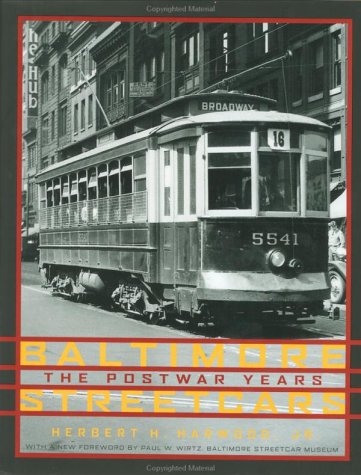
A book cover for Baltimore Streetcars: The Postwar Years; Herbert H. Harwood Jr.; Engineering & Transportation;